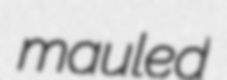
mauled